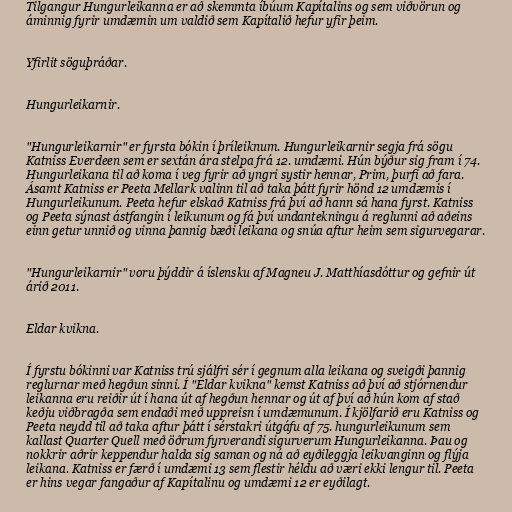
Tilgangur Hungurleikanna er að skemmta íbúum Kapítalins og sem viðvörun og
áminnig fyrir umdæmin um valdið sem Kapítalið hefur yfir þeim.

Yfirlit söguþráðar.

Hungurleikarnir.

"Hungurleikarnir" er fyrsta bókin í þríleiknum. Hungurleikarnir segja frá sögu
Katniss Everdeen sem er sextán ára stelpa frá 12. umdæmi. Hún býður sig fram í 74.
Hungurleikana til að koma í veg fyrir að yngri systir hennar, Prim, þurfi að fara.
Ásamt Katniss er Peeta Mellark valinn til að taka þátt fyrir hönd 12 umdæmis í
Hungurleikunum. Peeta hefur elskað Katniss frá því að hann sá hana fyrst. Katniss
og Peeta sýnast ástfangin í leikunum og fá því undantekningu á reglunni að aðeins
einn getur unnið og vinna þannig bæði leikana og snúa aftur heim sem sigurvegarar.

"Hungurleikarnir" voru þýddir á íslensku af Magneu J. Matthíasdóttur og gefnir út
árið 2011.

Eldar kvikna.

Í fyrstu bókinni var Katniss trú sjálfri sér í gegnum alla leikana og sveigði þannig
reglurnar með hegðun sinni. Í "Eldar kvikna" kemst Katniss að því að stjórnendur
leikanna eru reiðir út í hana út af hegðun hennar og út af því að hún kom af stað
keðju viðbragða sem endaði með uppreisn í umdæmunum. Í kjölfarið eru Katniss og
Peeta neydd til að taka aftur þátt í sérstakri útgáfu af 75. hungurleikunum sem
kallast Quarter Quell með öðrum fyrverandi sigurverum Hungurleikanna. Þau og
nokkrir aðrir keppendur halda sig saman og ná að eyðileggja leikvanginn og flýja
leikana. Katniss er færð í umdæmi 13 sem flestir héldu að væri ekki lengur til. Peeta
er hins vegar fangaður af Kapítalinu og umdæmi 12 er eyðilagt.